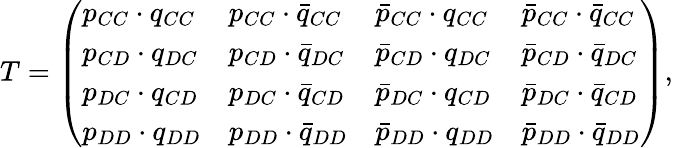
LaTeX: T=\left(\begin{array}{llll}{p_{CC}\cdot q_{CC}}&{p_{CC}\cdot\bar{q}_{CC}}&{\bar{p}_{CC}\cdot q_{CC}}&{\bar{p}_{CC}\cdot\bar{q}_{CC}}\\ {p_{CD}\cdot q_{DC}}&{p_{CD}\cdot\bar{q}_{DC}}&{\bar{p}_{CD}\cdot q_{DC}}&{\bar{p}_{CD}\cdot\bar{q}_{DC}}\\ {p_{DC}\cdot q_{CD}}&{p_{DC}\cdot\bar{q}_{CD}}&{\bar{p}_{DC}\cdot q_{CD}}&{\bar{p}_{DC}\cdot\bar{q}_{CD}}\\ {p_{DD}\cdot q_{DD}}&{p_{DD}\cdot\bar{q}_{DD}}&{\bar{p}_{DD}\cdot q_{DD}}&{\bar{p}_{DD}\cdot\bar{q}_{DD}}\end{array}\right),